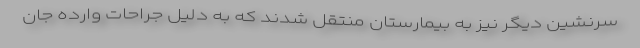
سرنشین دیگر نیز به بیمارستان منتقل شدند که به دلیل جراحات وارده جان